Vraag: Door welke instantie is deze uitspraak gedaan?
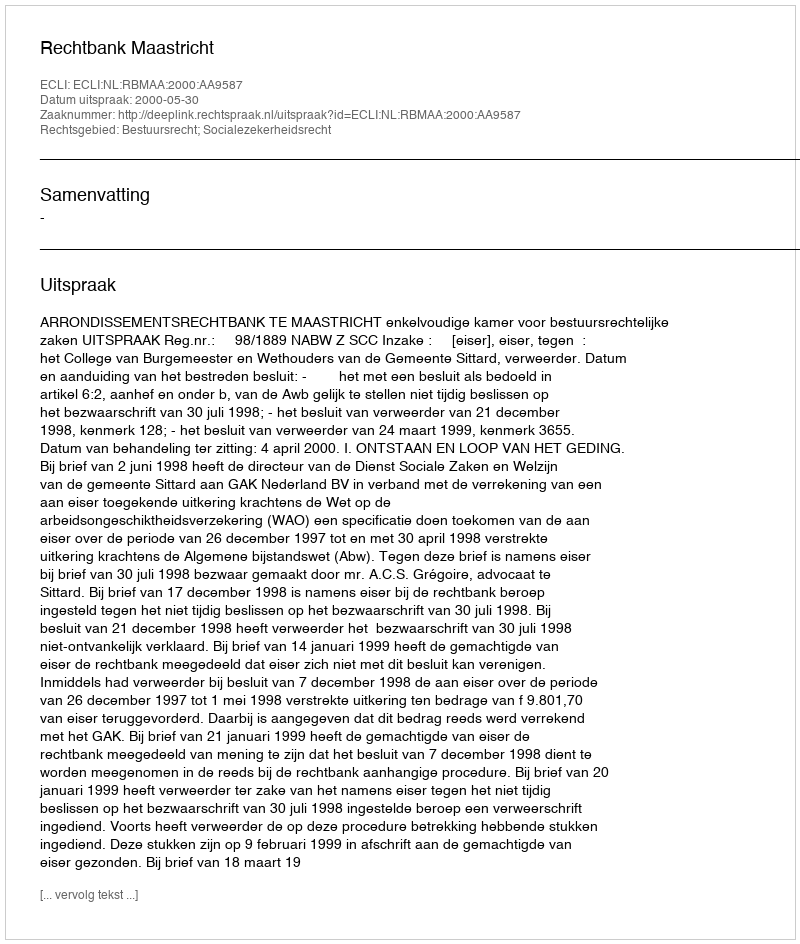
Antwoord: Rechtbank Maastricht